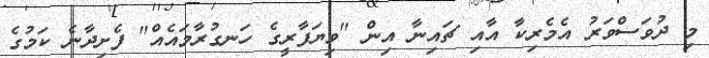
މި ދުވަސްވަރު އެމެރިކާ އާއި ޗައިނާ އިން "ވިޔަފާރީގެ ހަނގުރާމައެއް" ފެށިދާނެ ކަމުގެ